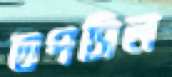
তপসিল